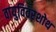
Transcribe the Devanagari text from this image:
वायुविवरशोथ